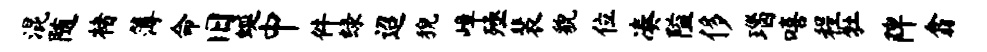
混随楮簿命旧蜒中件绿迢猊嶂殛裴貌位凑隘侈瑙嘻程牡陴翕